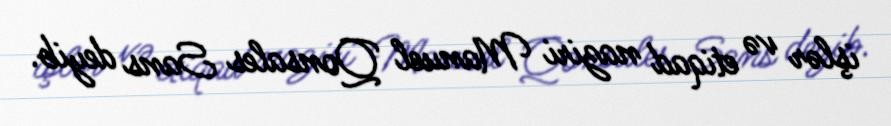
işlər və etiqad naziri Manuel Qonsales Sans deyib.